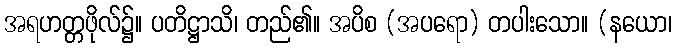
အရဟတ္တဖိုလ်၌။ ပတိဋ္ဌာသိ၊ တည်၏။ အပိစ (အပရော) တပါးသော။ (နယော၊